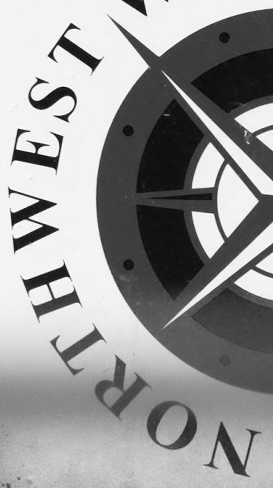
NORTHWEST